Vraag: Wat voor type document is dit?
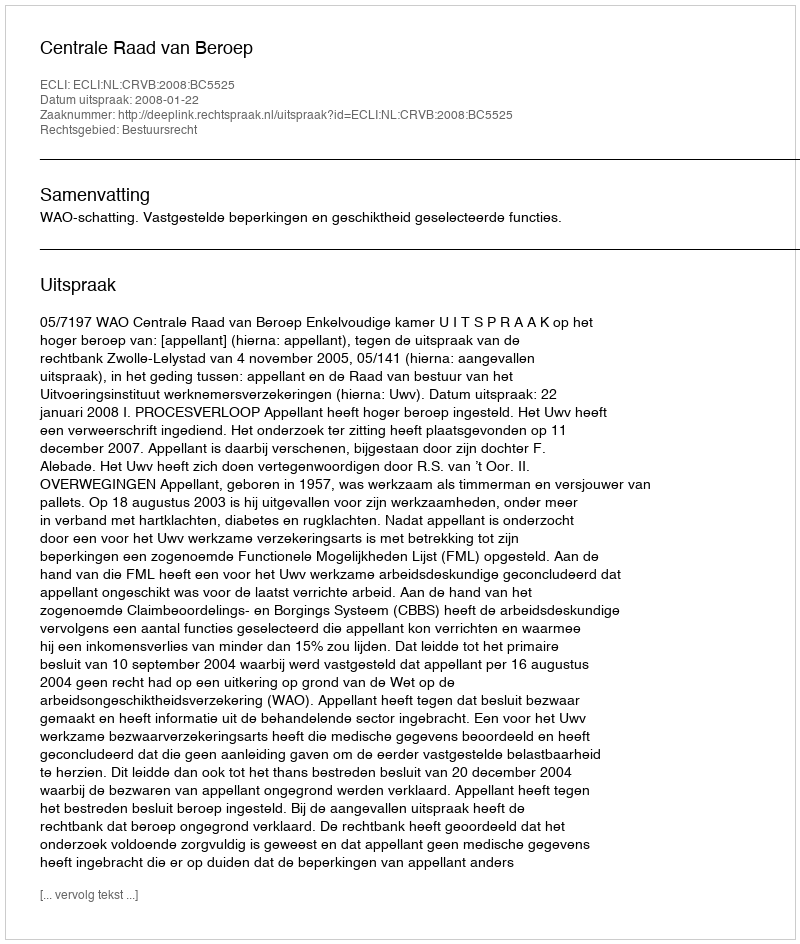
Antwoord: Uitspraak